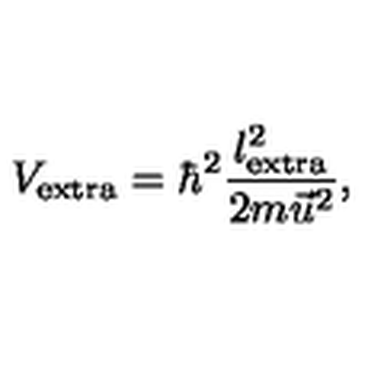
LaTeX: V _ { \mathrm { e x t r a } } = \hbar ^ { 2 } \frac { l _ { \mathrm { e x t r a } } ^ { 2 } } { 2 m \vec { u } ^ { 2 } } ,